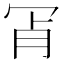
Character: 𦙎